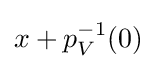
x+p_{V}^{-1}(0)